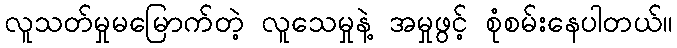
လူသတ်မှုမမြောက်တဲ့ လူသေမှုနဲ့ အမှုဖွင့် စုံစမ်းနေပါတယ်။